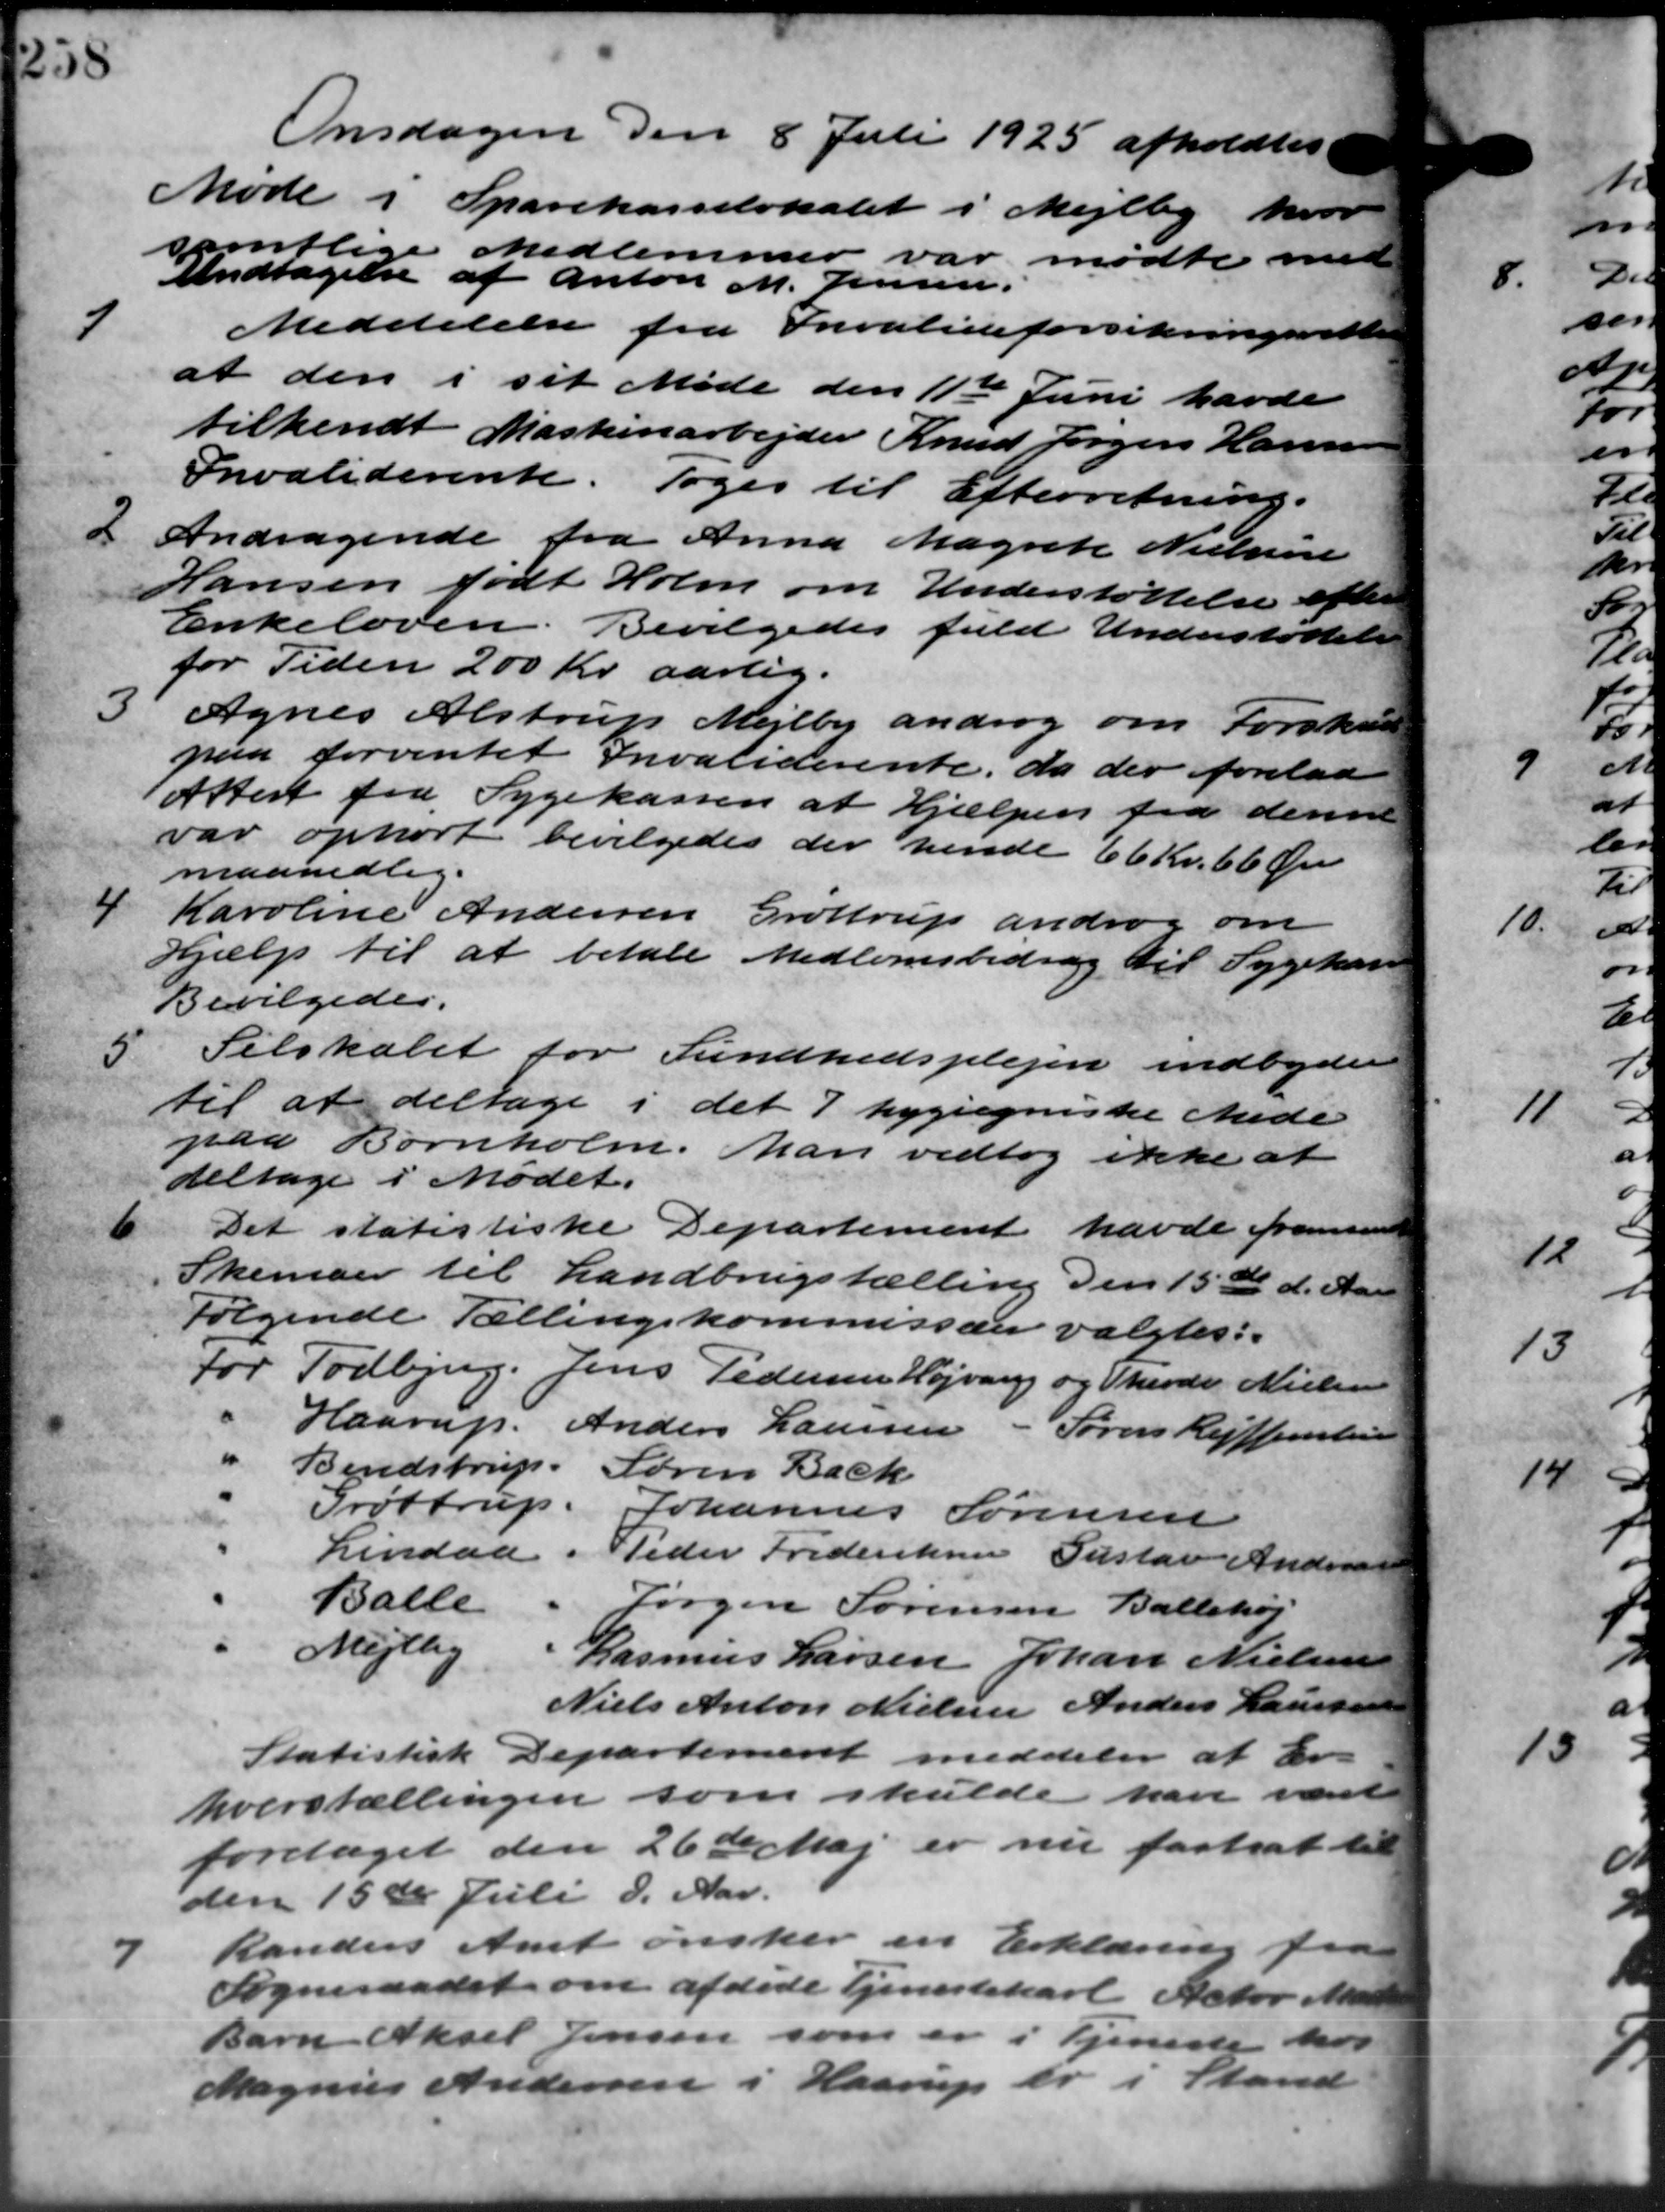
Transskription:
Onsdagen den 8 Juli 1925 afholdtes
Møde i Sparekasselokalet i Mejlby hvor
samtlige Medlemmer var mødte med
Undtagelse af Anton M. Jensen.
7
Meddelelse fra Invalideforsikringsretten
at den i sit Møde den 11te Juni havde
tilkendt Maskinarbejder Knud Jørgen Hansen
Invaliderente. Toges til Efterretning.
2
Andragende fra Anna Magrete Nielsine
Hansen født Holm om Understøttelse efter
Enkeloven. Bevilgedes fuld Understøttelse
for Tiden 200 Kr. aarlig.

Agnes Alstrup Mejlby androg om Forskud
paa forventet Invaliderente, da der forelaa
Attest fra Sygekassen at Hjælpen fra denne
var ophørt bevilgedes der hende 66 Kr. 66 Øre
maanedlig.
4
Karoline Andersen Grøttrup androg om
Hjælp til at betale Medlemsbidrag til Sygekasse
Bevilgedes.
5
Selskabet for Sundhedsplejen indbyder
til at deltage i det 7 hygiejniske Møde
paa Bornholm. Man vedtog ikke at
deltage i Mødet.
6
Det statistiske Departement havde fremsende
Skemaer til Landbrugstælling den 15de d. Aar
Følgende Tællingskommissærer valgtes:
For Todbjerg. Jens Pedersen Højvang og Theodo Nielsen
Haarup.
Anders Laursen
Søren Reiffensten
Bendstrup.
Søren Bach
Grøttrup. Johannes Sørensen
Lindaa.
Peder Frederiksen Gustav Andreas
Balle
Jørgen Sørensen Ballehøj
Mejlby
Rasmus Larsen Johan Nielsen
Niels Anton Nielsen Anders Laursen
Statistisk Departereret meddeler at Er-
hvervstællingen som skulde han været
foretaget den 26de Maj er nu fastsat til
den 15de Juli d. Aar.
7
Randers Amt ønsker en Erklæring fra
Sogneraadet om afdede Tjenestekarl Actor Mar
Barn Aksel Jensen som er i Tjeneste hos
Magnus Andersen i Haarup er i Stand